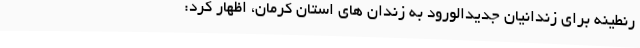
رنطینه برای زندانیان جدیدالورود به زندان های استان کرمان، اظهار کرد: